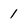
Character: 1